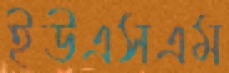
ইউএসএম